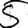
Digit: 5